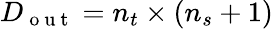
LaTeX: D_{\mathrm{~o~u~t~}}=n_{t}\times(n_{s}+1)